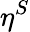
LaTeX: \eta^{S}